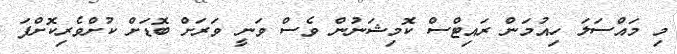
މި މައްސަލަ ހިއުމަން ރައިޓްސް ކޮމިޝަނުން ވެސް ވަނީ ވަރަށް ބޮޑަށް ކުށްވެރިކޮށްފަ